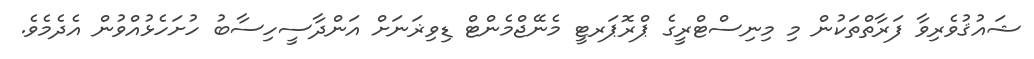
ޝައުޤުވެރިވާ ފަރާތްތަކުން މި މިނިސްޓްރީގެ ޕްރޮޕަރޓީ މެނޭޖްމެންޓް ޑިވިޜަނަށް އަންދާސީހިސާބު ހުށަހެޅުއްވުން އެދެމެވެ.